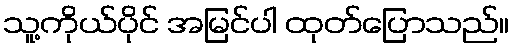
သူ့ကိုယ်ပိုင် အမြင်ပါ ထုတ်ပြောသည်။